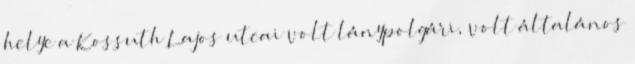
helye a Kossuth Lajos utcai volt lánypolgári, volt általános